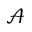
\mathcal { A }